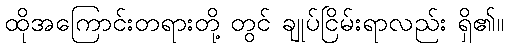
ထိုအကြောင်းတရားတို့ တွင် ချုပ်ငြိမ်းရာလည်း ရှိ၏။